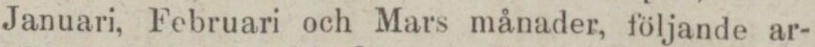
Januari, Februari och Mars månader, följande ar-